system: You are a helpful assistant.
user:
Analyze the provided spectrum to determine if it is a **"Cataclysmic Variables (CV)"**.

- **Key Indicators for CV (Check for either state):**
    - **State 1: Quiescent / Low-State (Emission-Dominated)**
        - **(Primary):** Strong and *very broad* Hydrogen Balmer emission lines (e.g., $H\alpha$ at 6563 Å, $H\beta$ at 4861 Å). The 'broadness' (high velocity dispersion, often FWHM > 1000 km/s) is the key diagnostic, indicating a high-velocity accretion disk.
        - **(Secondary):** Broad neutral Helium (He I) emission lines (e.g., 5876 Å, 6678 Å).
        - **(Key Confirmation):** Presence of high-excitation *ionized* Helium (He II) emission at 4686 Å. This is a strong indicator of accretion onto a white dwarf.
        - **(Line Profile):** Emission lines may exhibit a 'double-peaked' profile, which is a classic signature of a rotating accretion disk viewed at high inclination.

    - **State 2: Outburst / High-State (Absorption-Dominated)**
        - **(Primary):** Spectrum is dominated by a bright, blue continuum (looks like a hot star).
        - **(Secondary):** The emission lines from State 1 are weak, absent, or 'filled in', and are replaced by broad, shallow *absorption* lines (primarily Balmer and He I).
        - **(Morphology):** The overall spectrum mimics a hot B/A-type star. The crucial difference is that the absorption lines are significantly broader, shallower, and more 'washed-out' (or 'smeared') than the sharp lines of a normal stellar photosphere, due to high rotational speeds and pressure broadening in the disk.

Think first, call **spectral_visualization_tool** if needed to examine features in detail, then provide your final answer. Your response must adhere to the following strict rules:
1.  **Overall Structure:** Your response must follow the format `<think>...</think> <tool_call>...</tool_call> (if a tool is used) <answer>...</answer>`.
2.  **Tool Usage Constraint:** You may only make **one** tool call per turn.
3.  **Final Answer Format:** In the `<answer>` tag, your conclusion must be inside a `\boxed{}` command (e.g., `\boxed{YES}`), followed by your justification.

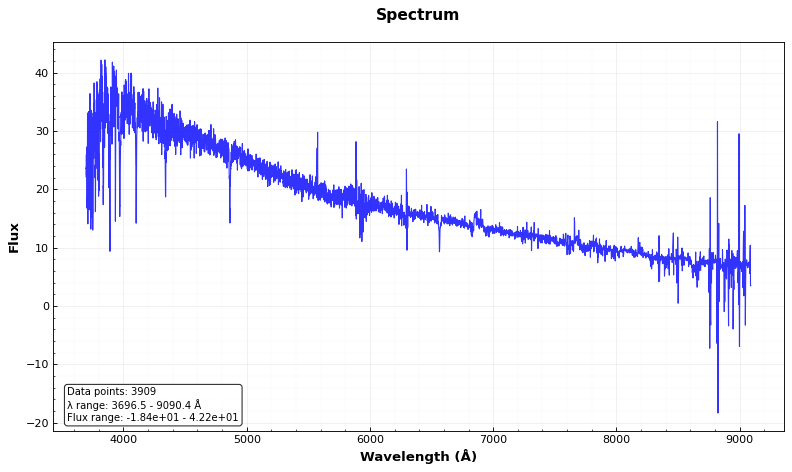
Answer: NO